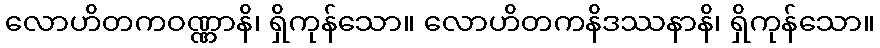
လောဟိတကဝဏ္ဏာနိ၊ ရှိကုန်သော။ လောဟိတကနိဒဿနာနိ၊ ရှိကုန်သော။